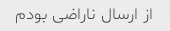
از ارسال ناراضی بودم